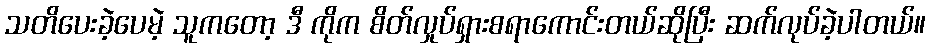
သတိပေးခဲ့ပေမဲ့ သူကတော့ ဒီ ကိုက စိတ်လှုပ်ရှားစရာကောင်းတယ်ဆိုပြီး ဆက်လုပ်ခဲ့ပါတယ်။